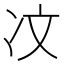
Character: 𪞙